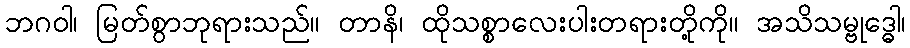
ဘဂဝါ၊ မြတ်စွာဘုရားသည်။ တာနိ၊ ထိုသစ္စာလေးပါးတရားတို့ကို။ အသိသမ္ဗုဒ္ဓေါ၊